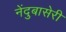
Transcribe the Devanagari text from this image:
नेंदुबासेरी